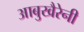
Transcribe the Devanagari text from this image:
आबुखैरेनी